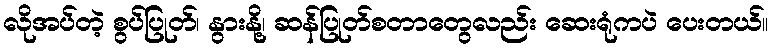
လိုအပ်တဲ့ စွပ်ပြုတ်၊ နွားနို့၊ ဆန်ပြုတ်စတာတွေလည်း ဆေးရုံကပဲ ပေးတယ်။